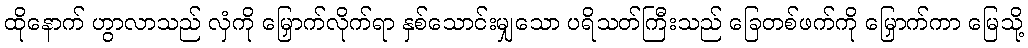
ထိုနောက် ဟွာလာသည် လှံကို မြှောက်လိုက်ရာ နှစ်သောင်းမျှသော ပရိသတ်ကြီးသည် ခြေတစ်ဖက်ကို မြှောက်ကာ မြေသို့